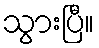
သွားပြီ။